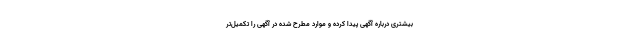
بیشتری درباره آگهی پیدا کرده و موارد مطرح شده در آگهی را تکمیل‌تر